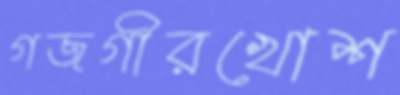
গজগীরখোশ